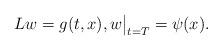
LaTeX: \begin{align*} Lw=g(t,x), w \bigr|_{t=T}=\psi(x). \end{align*}